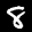
Label: 8